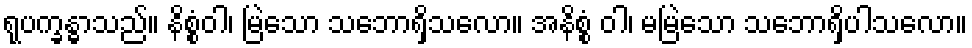
ရုပက္ခန္ဓာသည်။ နိစ္စံဝါ၊ မြဲသော သဘောရှိသလော။ အနိစ္စံ ဝါ၊ မမြဲသော သဘောရှိပါသလော။